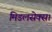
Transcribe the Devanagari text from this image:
मिडलसेक्स।